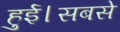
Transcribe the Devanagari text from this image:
हुई।सबसे